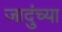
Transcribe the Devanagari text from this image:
जादुंच्या